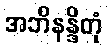
အဘိနန္ဒိတုံ